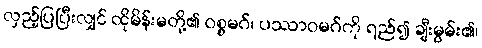
လှည့်ပြပြီးလျှင် ထိုမိန်းမတို့၏ ဝစ္စမဂ်၊ ပဿာဝမဂ်ကို ရည်၍ ချီးမွမ်း၏၊